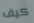
كيف